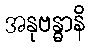
အနုဗန္ဓာနိ